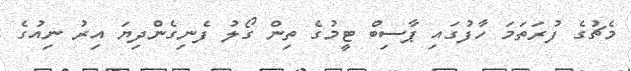
މެޗުގެ ފުރަތަމަ ހާފުގައި ޕާސިބް ޓީމުގެ ތިން ގޯލު ފެނިގެންދިޔަ އިރު ނިއުގެ